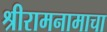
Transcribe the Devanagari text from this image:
श्रीरामनामाचा